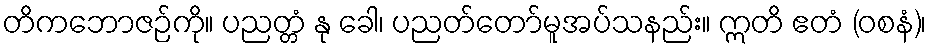
တိကဘောဇဉ်ကို။ ပညတ္တံ နု ခေါ၊ ပညတ်တော်မူအပ်သနည်း။ ဣတိ ဧတံ (ဝစနံ)၊